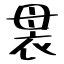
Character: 袰